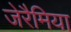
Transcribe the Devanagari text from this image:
जेरैमिया